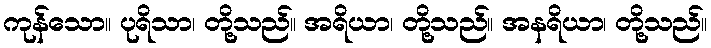
ကုန်သော။ ပုရိသာ၊ တို့သည်။ အရိယာ၊ တို့သည်။ အနရိယာ၊ တို့သည်။